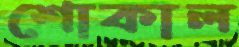
শোকাল